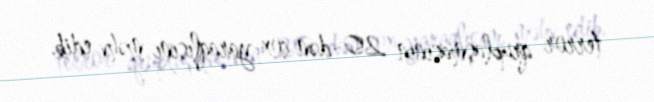
terror qruplaşmasının 20-dən çox yaraqlısını məhv edib.